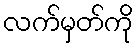
လက်မှတ်ကို